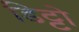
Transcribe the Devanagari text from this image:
डिट्टो